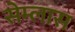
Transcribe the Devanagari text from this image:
सेम्लास